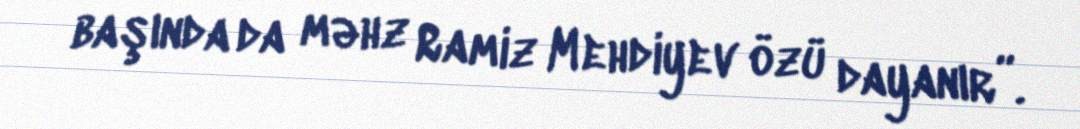
başında da məhz Ramiz Mehdiyev özü dayanır”.